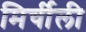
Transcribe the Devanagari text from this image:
मिर्चीली